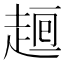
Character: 𧼉